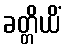
ခတ္တိယိံ